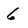
Character: 6